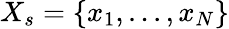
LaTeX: X_{s}=\{ x_{1},...,x_{N}\}